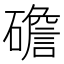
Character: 䃫